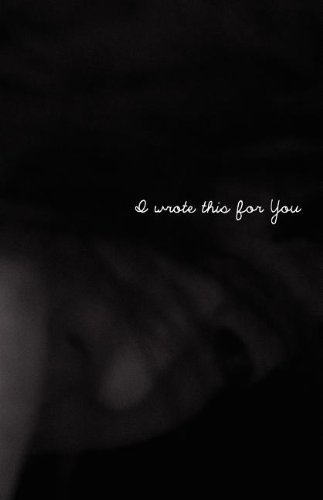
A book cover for I Wrote This For You; pleasefindthis; Literature & Fiction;